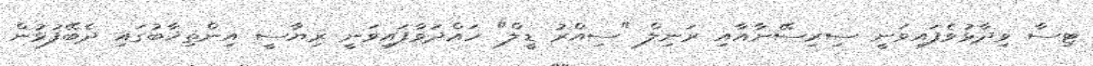
ޓިސާ ވިދާޅުވެފައިވަނީ ސިރިސޭނާއާއި ރަނިލް "ސިއްރު ޑީލް" ހައްދަވާފައިވަނީ ރިޔާސީ އިންތިޚާބުގައި ދެބޭފުޅުން